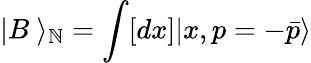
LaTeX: |B~\rangle_{\mathbb{N}}=\int[dx]|x,p=-\bar{{p}}\rangle